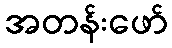
အတန်းဖော်